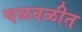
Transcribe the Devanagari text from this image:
चळवळीत